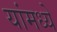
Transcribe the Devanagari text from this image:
यांमध्‍ये